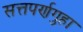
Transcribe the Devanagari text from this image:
सत्तपर्णगुहा